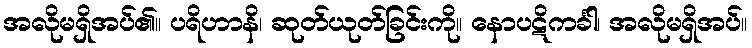
အလိုမရှိအပ်၏။ ပရိဟာနိ၊ ဆုတ်ယုတ်ခြင်းကို။ နောပဋိကင်္ခါ၊ အလိုမရှိအပ်။